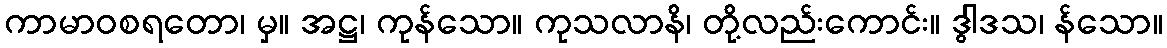
ကာမာဝစရတော၊ မှ။ အဋ္ဌ၊ ကုန်သော။ ကုသလာနိ၊ တို့လည်းကောင်း။ ဒွါဒသ၊ န်သော။